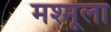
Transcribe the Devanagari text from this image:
मश्मूला